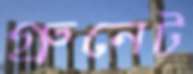
গ্রুনেট